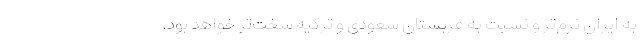
به ایران نرم‌تر و نسبت به عربستان سعودی و ترکیه سخت‌تر خواهد بود.